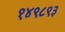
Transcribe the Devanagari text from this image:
१४९८९३